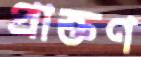
প্রাক্তণ